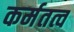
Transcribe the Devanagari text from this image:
कर्मतत्व